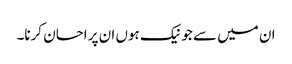
ان میں سے جو نیک ہوں ان پر احسان کرنا۔